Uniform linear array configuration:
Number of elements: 24
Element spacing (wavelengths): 1
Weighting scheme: blackman
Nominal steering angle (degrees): -15
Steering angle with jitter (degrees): -14.478
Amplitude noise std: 0.05
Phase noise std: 0.05

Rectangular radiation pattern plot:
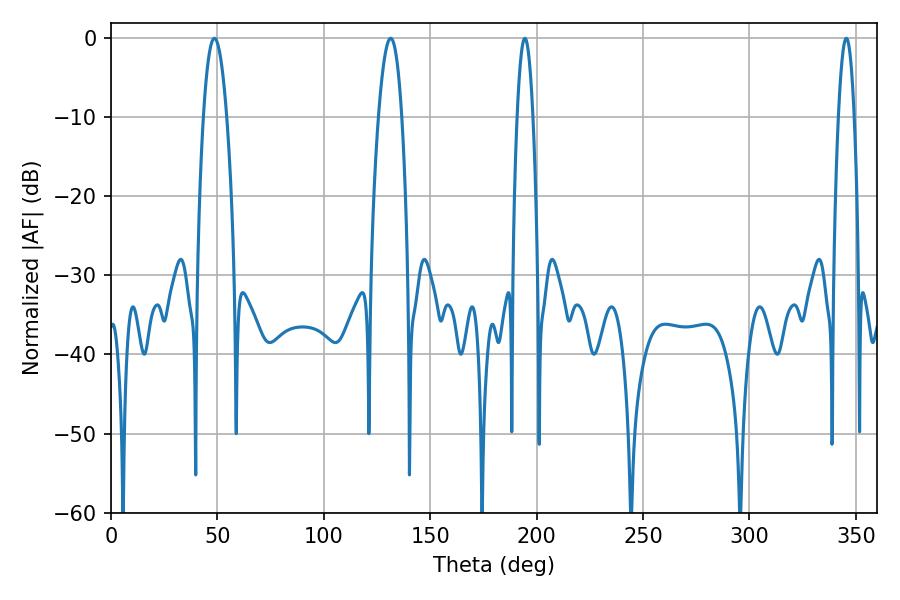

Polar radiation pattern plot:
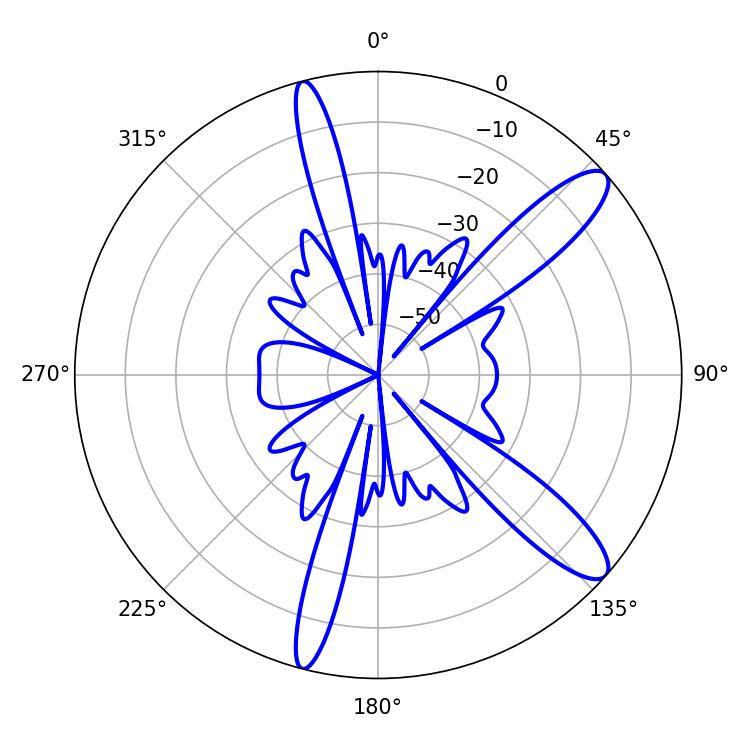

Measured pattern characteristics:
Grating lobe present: TRUE
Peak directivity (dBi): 11.807
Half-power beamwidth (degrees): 5.94
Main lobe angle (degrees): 131.4